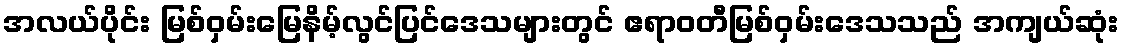
အလယ်ပိုင်း မြစ်ဝှမ်းမြေနိမ့်လွင်ပြင်ဒေသများတွင် ဧရာဝတီမြစ်ဝှမ်းဒေသသည် အကျယ်ဆုံး